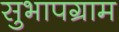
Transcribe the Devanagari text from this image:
सुभापग्राम